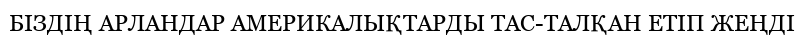
БІЗДІҢ АРЛАНДАР АМЕРИКАЛЫҚТАРДЫ ТАС-ТАЛҚАН ЕТІП ЖЕҢДІ